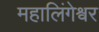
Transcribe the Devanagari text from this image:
महालिंगेश्वर